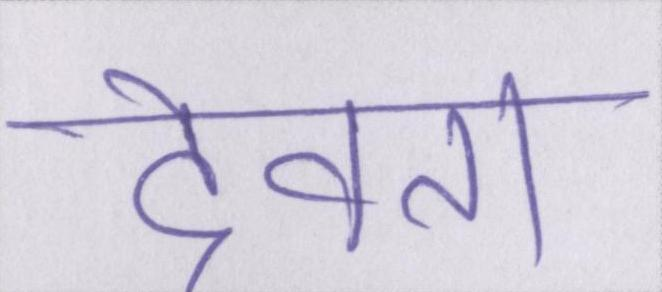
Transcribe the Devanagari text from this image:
देवता